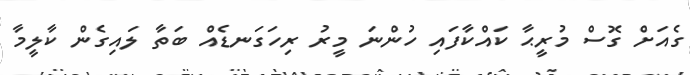
ގެއަށް ގޮސް މުރީޙާ ކައްކާފައި ހުންނަ މީރު ރިހަގަނޑެއް ބަތާ ލައިގެން ކާލީމާ